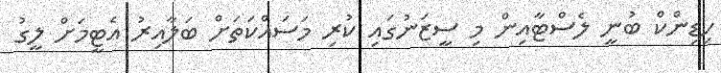
ހިޑިންކް ބުނީ ލެސްޓާއިން މި ސީޒަނުގައި ކުރި މަސައްކަތަށް ބަލާއިރު އެޓީމަށް ލީގު